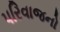
પરિવાજનો